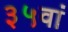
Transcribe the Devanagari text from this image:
३५वां